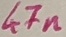
Text: 47n